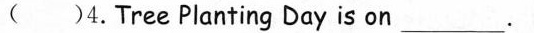
( )4.Tree Planting Day is on___.